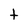
Character: t